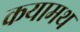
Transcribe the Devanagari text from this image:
कयामथ